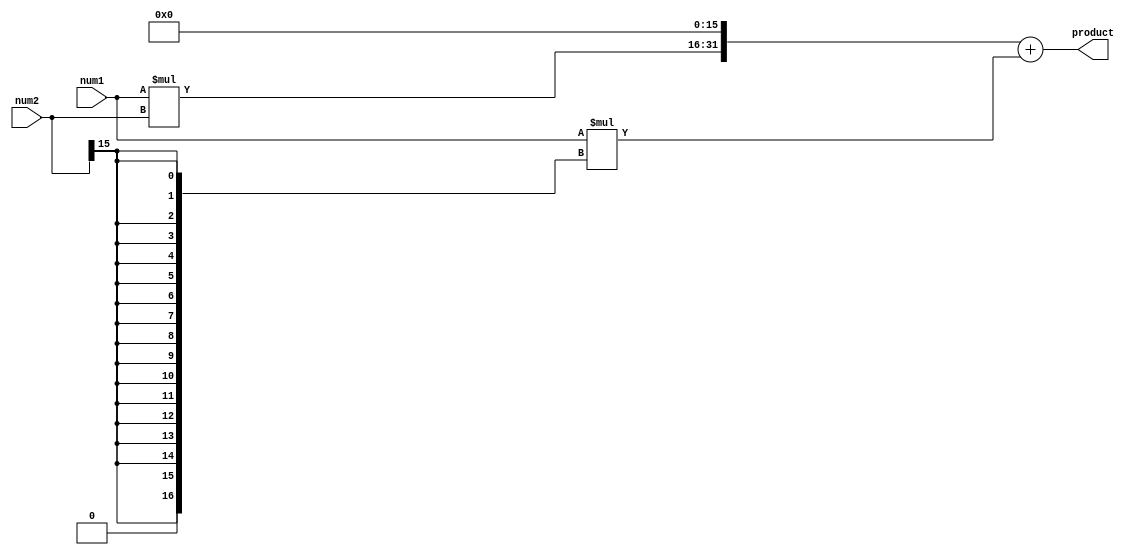
module fixed_point_multiplier (
    input signed [15:0] num1,
    input signed [15:0] num2,
    output reg signed [31:0] product
);

reg signed [15:0] int_num1, int_num2;
reg signed [31:0] temp_product;

always @* begin
    int_num1 = num1[15:0];   // Integer part of num1
    int_num2 = num2[15:0];   // Integer part of num2

    temp_product = int_num1 * int_num2;   // Multiply integer parts
    product = temp_product << 16;    // Shift left to move to correct position
    product = product + (num1 * (num2 >> 16));   // Multiply fractional parts and add to product
end

endmodule